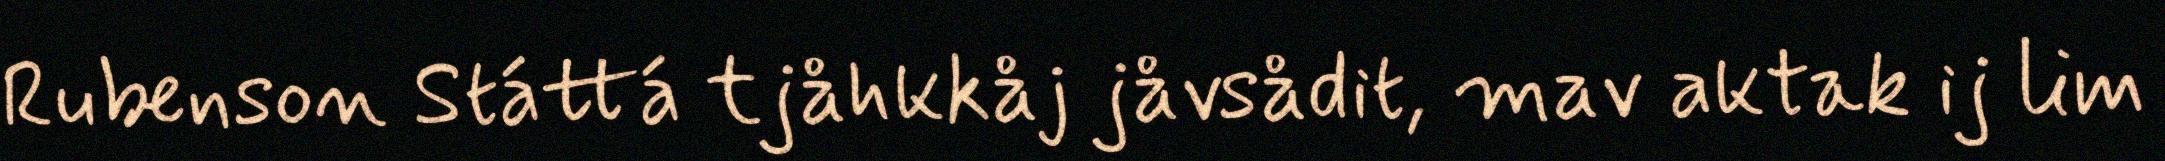
Rubenson Státtá tjåhkkåj jåvsådit, mav aktak ij lim